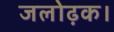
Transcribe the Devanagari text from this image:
जलोढ़क।